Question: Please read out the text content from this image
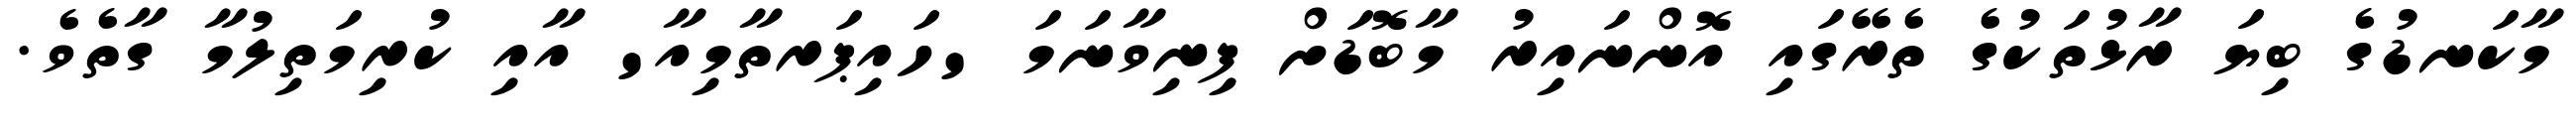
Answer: މާކަނޑުގެ ބިޔަ ރާޅުތަކުގެ ތެރޭގައި އޮންނައިރު މާބޮޑަށް ފިނިވާނަމަ 'ހައިޕަރތާމިއާ' އާއި ކުރިމަތިލުމާ ގާތެވެ.